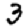
Digit: 3